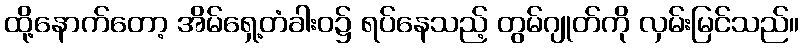
ထို့နောက်တော့ အိမ်ရှေ့တံခါးဝ၌ ရပ်နေသည့် တွမ်ဂျုတ်ကို လှမ်းမြင်သည်။